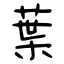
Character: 葉